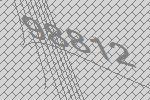
98812